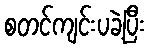
စတင်ကျင်းပခဲ့ပြီး